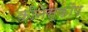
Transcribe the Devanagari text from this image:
कीनेस्कौप